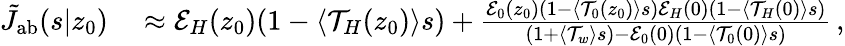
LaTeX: \begin{array}{rl}{\tilde{J}_{\mathrm{{ab}}}(s|z_{0})}&{{}\approx\mathcal{E}_{H}(z_{0})(1-\langle\mathcal{T}_{H}(z_{0})\rangle s)+\frac{\mathcal{E}_{0}(z_{0})(1-\langle\mathcal{T}_{0}(z_{0})\rangle s)\mathcal{E}_{H}(0)(1-\langle\mathcal{T}_{H}(0)\rangle s)}{(1+\langle\mathcal{T}_{w}\rangle s)-\mathcal{E}_{0}(0)(1-\langle\mathcal{T}_{0}(0)\rangle s)}\, ,}\end{array}